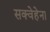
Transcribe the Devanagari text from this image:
सक्वेहेना